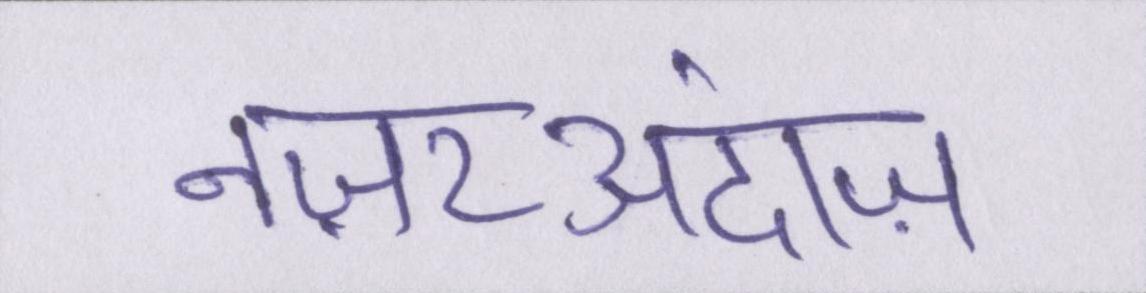
नज़रअंदाज़